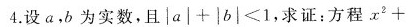
4.设a，b为实数，且$$| a | + | b | < 1$$，求证：方程$$x ^ { 2 } +